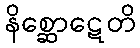
နိစ္ဆောဋေတိ